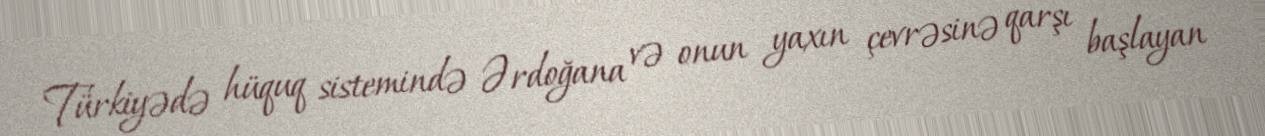
Türkiyədə hüquq sistemində Ərdoğana və onun yaxın çevrəsinə qarşı başlayan